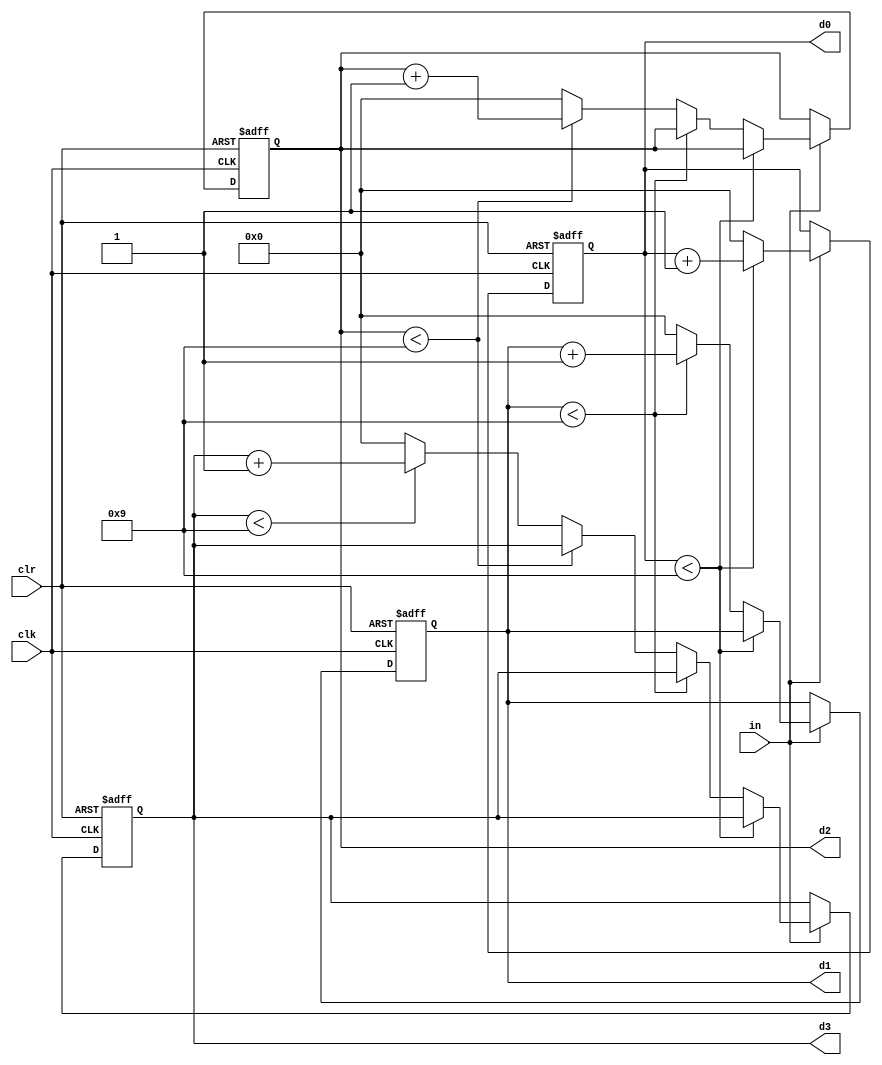
`timescale 1ns / 1ps
//////////////////////////////////////////////////////////////////////////////////
// Company: 
// Engineer: 
// 
// Design Name: 
// Module Name: counter
// Project Name: 
// Target Devices: 
// Tool Versions: 
// Description: 
// 
// Dependencies: 
// 
// Revision:
// Revision 0.01 - File Created
// Additional Comments:
// 
//////////////////////////////////////////////////////////////////////////////////

`timescale 1ns / 1ps
module counter
(
input wire clk,
input wire in, clr,
output reg [3:0] d3, d2, d1, d0     //ADDED d3 for minute digit
);

initial
   begin
    d3=4'b0000;
    d2=4'b0000;
    d1=4'b0000;
    d0=4'b0000;
end
   always@(posedge clk, posedge clr)
     begin
     if(clr)
        begin
         d3<=4'b0000;
         d2<=4'b0000;
         d1<=4'b0000;
         d0<=4'b0000;
end
    else if(in)
     begin
      if(d0<9)
       d0=d0+1;
    else if(d1<9)
     begin
       d0=0;
       d1=d1+1;
     end
    else if(d2<9)
      begin
       d0=0;
       d1=0;
       d2=d2+1;
      end
    else if(d3<9)
      begin
       d0=0;
       d1=0;
       d2=0;
       d3=d3+1;
       end
    else
      begin
        d3=4'b0000;
        d2=4'b0000;
        d1=4'b0000;
        d0=4'b0000;
end
end
end
endmodule